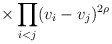
\begin{align*}\hspace{15mm}\times\prod_{i < j}(v_{i} - v_{j})^{2\rho}\end{align*}